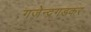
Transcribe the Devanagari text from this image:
गजेन्द्रगडकर